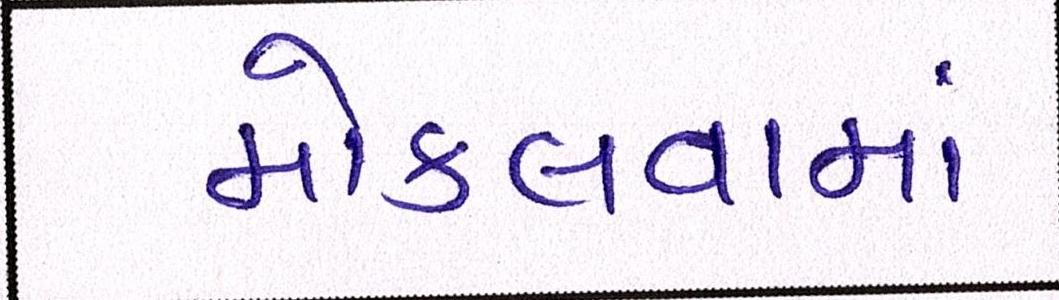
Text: મોકલવામાં